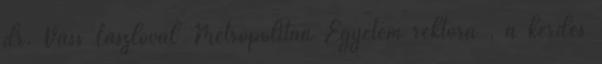
dr. Vass Lászlóval Metropolitan Egyetem rektora , a kérdés